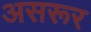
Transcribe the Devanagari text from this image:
असरूर